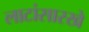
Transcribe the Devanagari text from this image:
लाटांसारखे